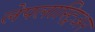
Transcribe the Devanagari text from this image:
लेपलास्ट्रिअर